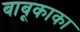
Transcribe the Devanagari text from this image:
बाबूकाका